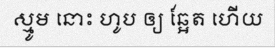
ស្មូម នោះ ហូប ឲ្យ ឆ្អែត ហើយ